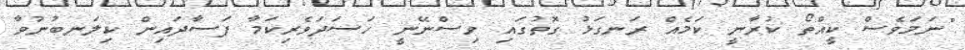
"ނަމަވެސް ކީއްތޯ ކުރާނީ ކަމެއް ރަނގަޅު ގޮތުގައި ވިސްނޭނީ ހަސަދަވެރިކަމާ ފަސާދައިން ކިލަނބުނުވާ